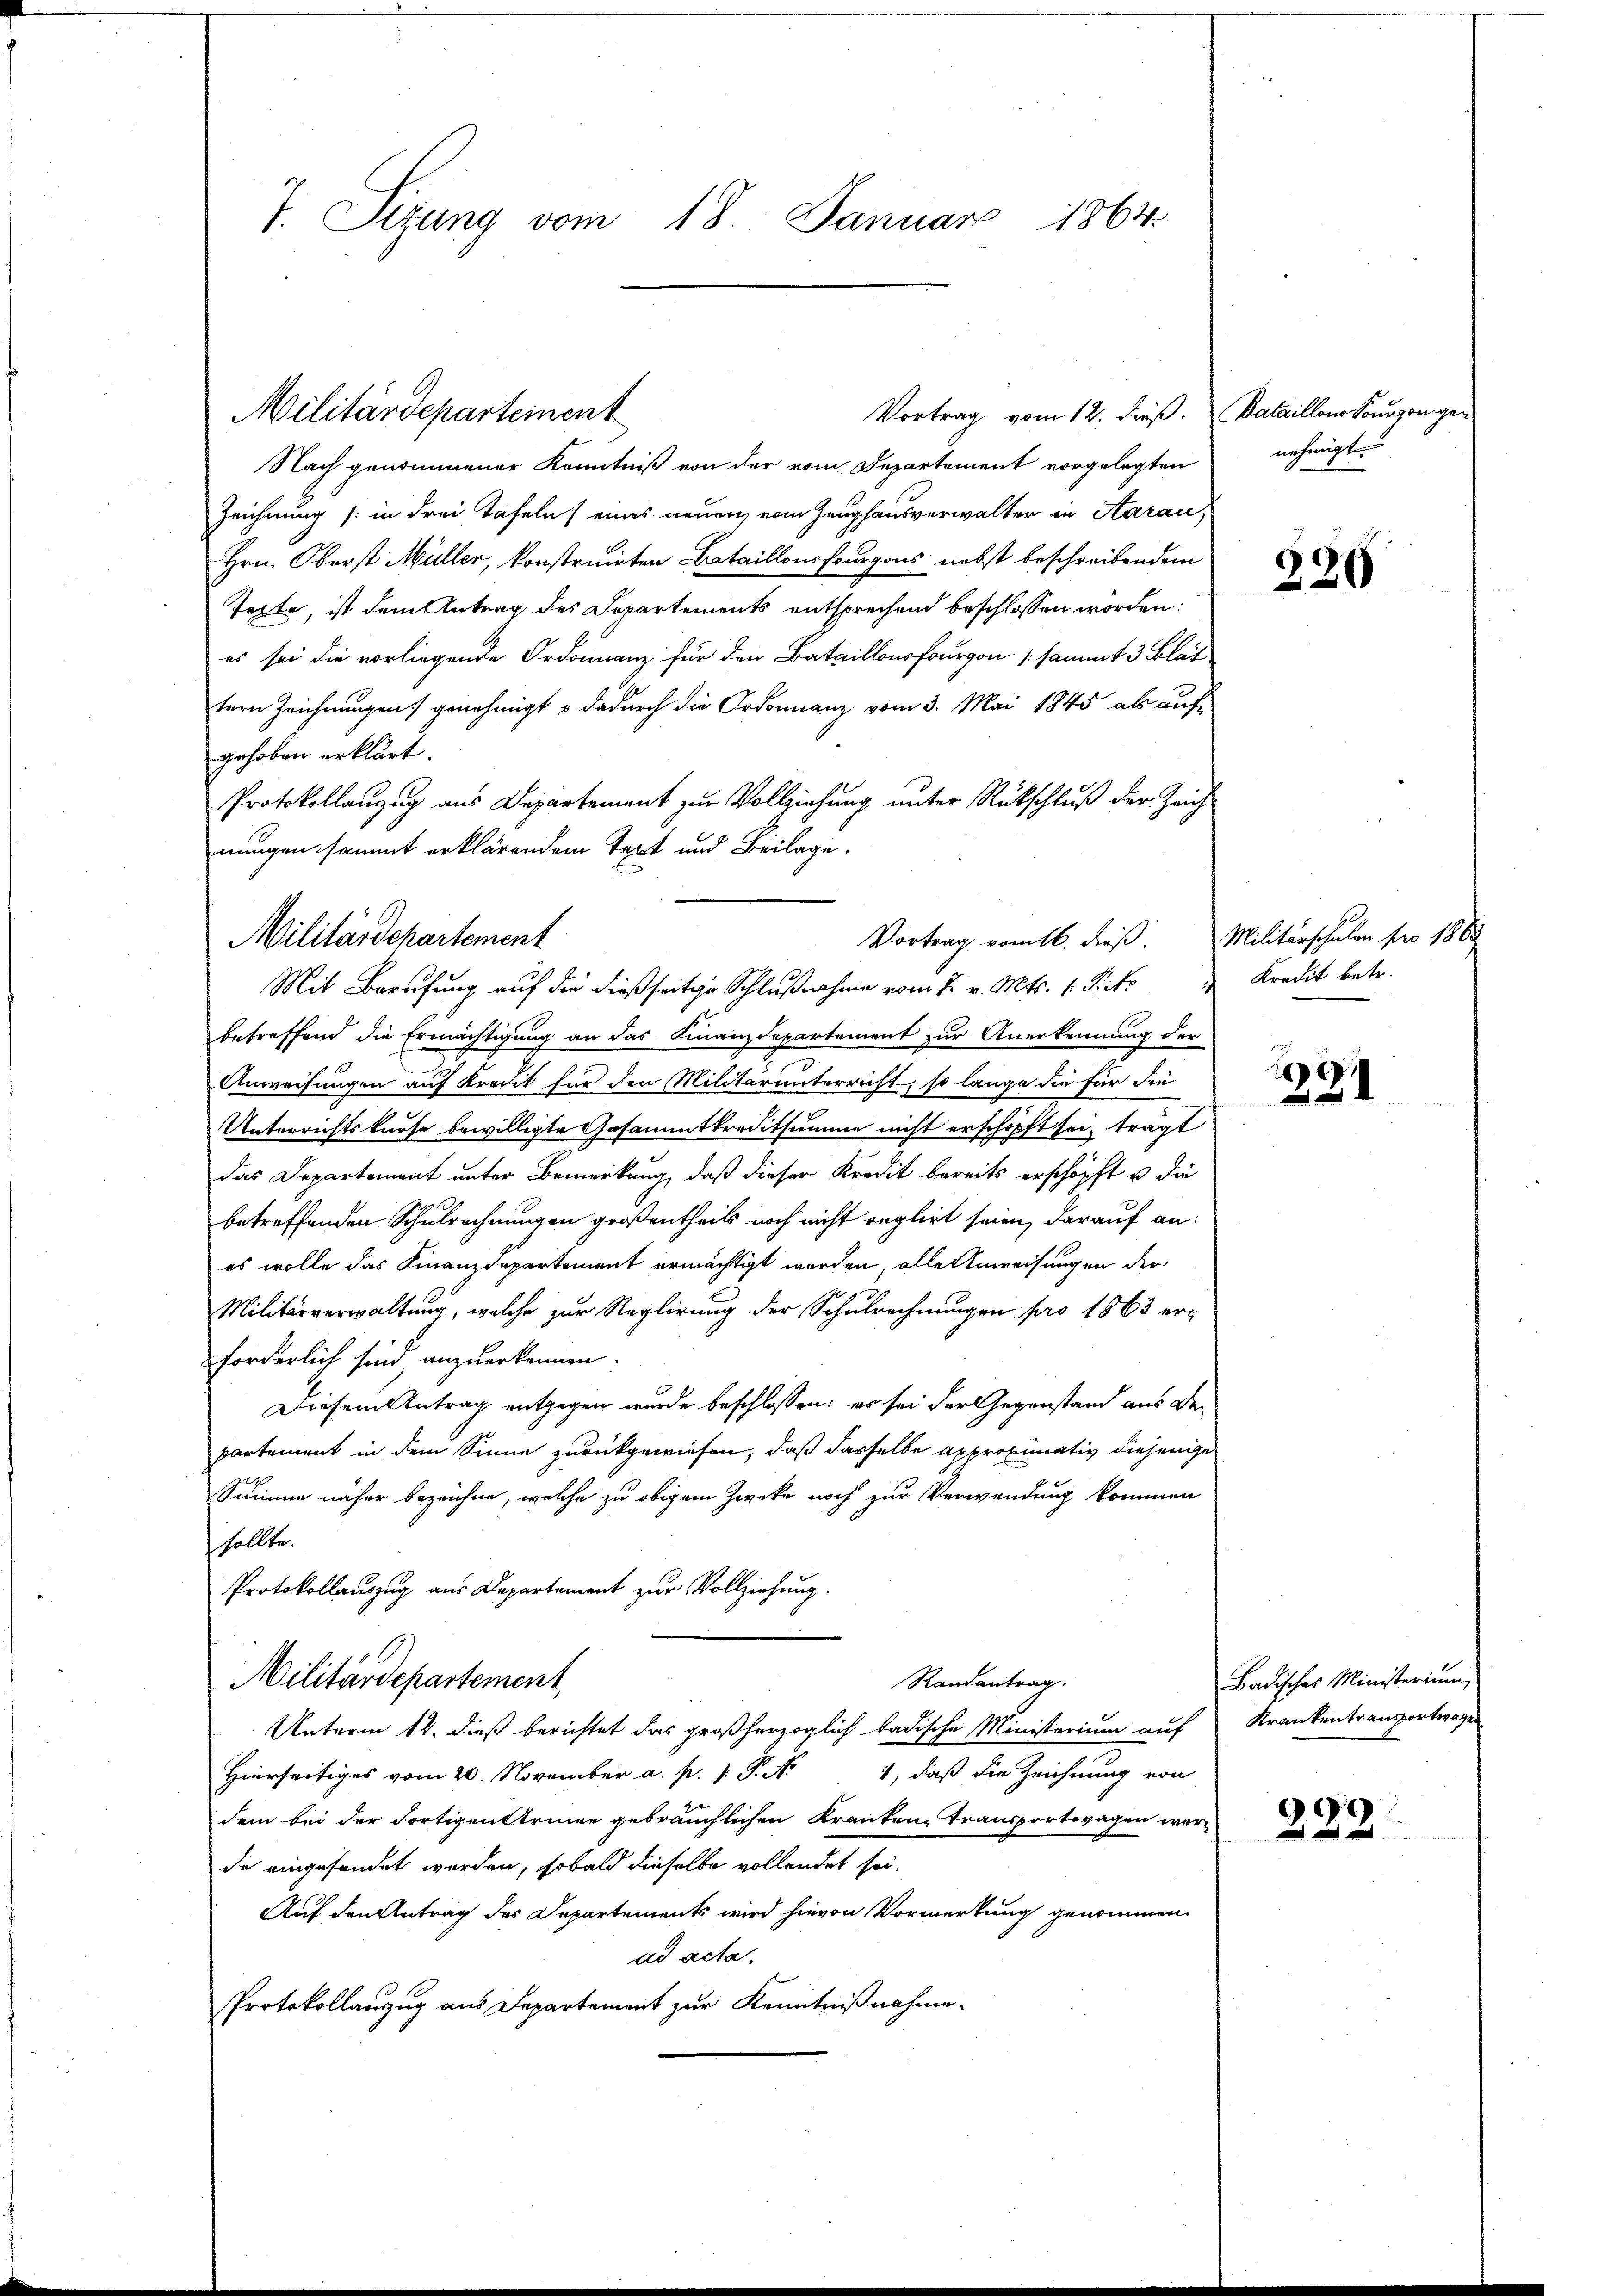
7. Sizung vom 18. Januar 1864.

Nach genommener Könntniß von der vom Departement vorgelegten
Zeichnung (in drei Tafeln eines neuen vom Zeughausverwalter in Aarau,
Hrn. Oberst Müller, konstruirten Bataillons fourgons nebst beschreibendem
Texte, ist dem Antrag des Departements entsprechend beschlossen worden:
es sei die vorliegende Ordinanz für den Bataillonsfogon sammt 3 Blät
tern Zeichnungen) genehmigt u dadurch die Ordonnanz vom 3. Mai 1845 als auf
gehoben erklärt.
Protokollanzug aus Departement zur Vollziehung unter Rückschluß der Zeig
nungen sammt erklärendem Text und Beilage.
betreffend die Ermächtigung an das Finanzdepartement zur Anerkennung der
Anweisungen auf Kredit für den Militärunterricht, so lange die für Fri
Unterrichtskurse bewilligte Gesammtkreditsumme nicht erschöpft sei, trägt
das Departement unter Bemerkung, daß dieser Kredit bereits erschöpft u die
betreffenden Schulrechnungen großentheils noch nicht reglirt seien, darauf an:
es wolle das Finanzdepartement ermächtigt worden, alle Anweisungen der
Militärverwaltung, welche zur Reglirung der Schulrechnungen pro 1863 erforderlich sind anzuerkennen.
Diesem Antrag entgegen wurde beschlossen; es sei der Gegenstand aus der
partement in dem Sinne zurückgewiesen, daß dasselbe approximativ diesen
Summe näher bezeichne, welche zu obigem Zwecke noch zur Verwendung kommen
sollte.
Protokollauszug aus Departement zur Vollziehung.
Militärdepartement
Randantrag.
Unterm 12. dieß berichtet das großherzoglich badische Ministerium auf Krankentransportiragen
Hierseitiges vom 20. November a. p. 1. P. N. 1, daß die Zeichnung von
dem bei der Fortigen Armee gebräuchlichen Kranken Transportwagen wer-
de eingefandet werden, sobald dieselbe vollendet sei.
Auf den Antrag des Departements wird hievon Vormerkung genommen.
ad acta.
Protokollauszug aus Departement zur Kenntnißnahme.

Militärdeparteinent

Militärdepartement
Vortrag vom 16. dieß.
Mit Berufung auf die dießseitige Schlußnahme vom 2. v. Mts. 1. P. dto " Kredit betr.

Vortrag vom 12. dieß.

Dataillons Sourgon gen
nehmigt.

229

Militärschulen pro 186

1231

Badisches Ministerium

223.